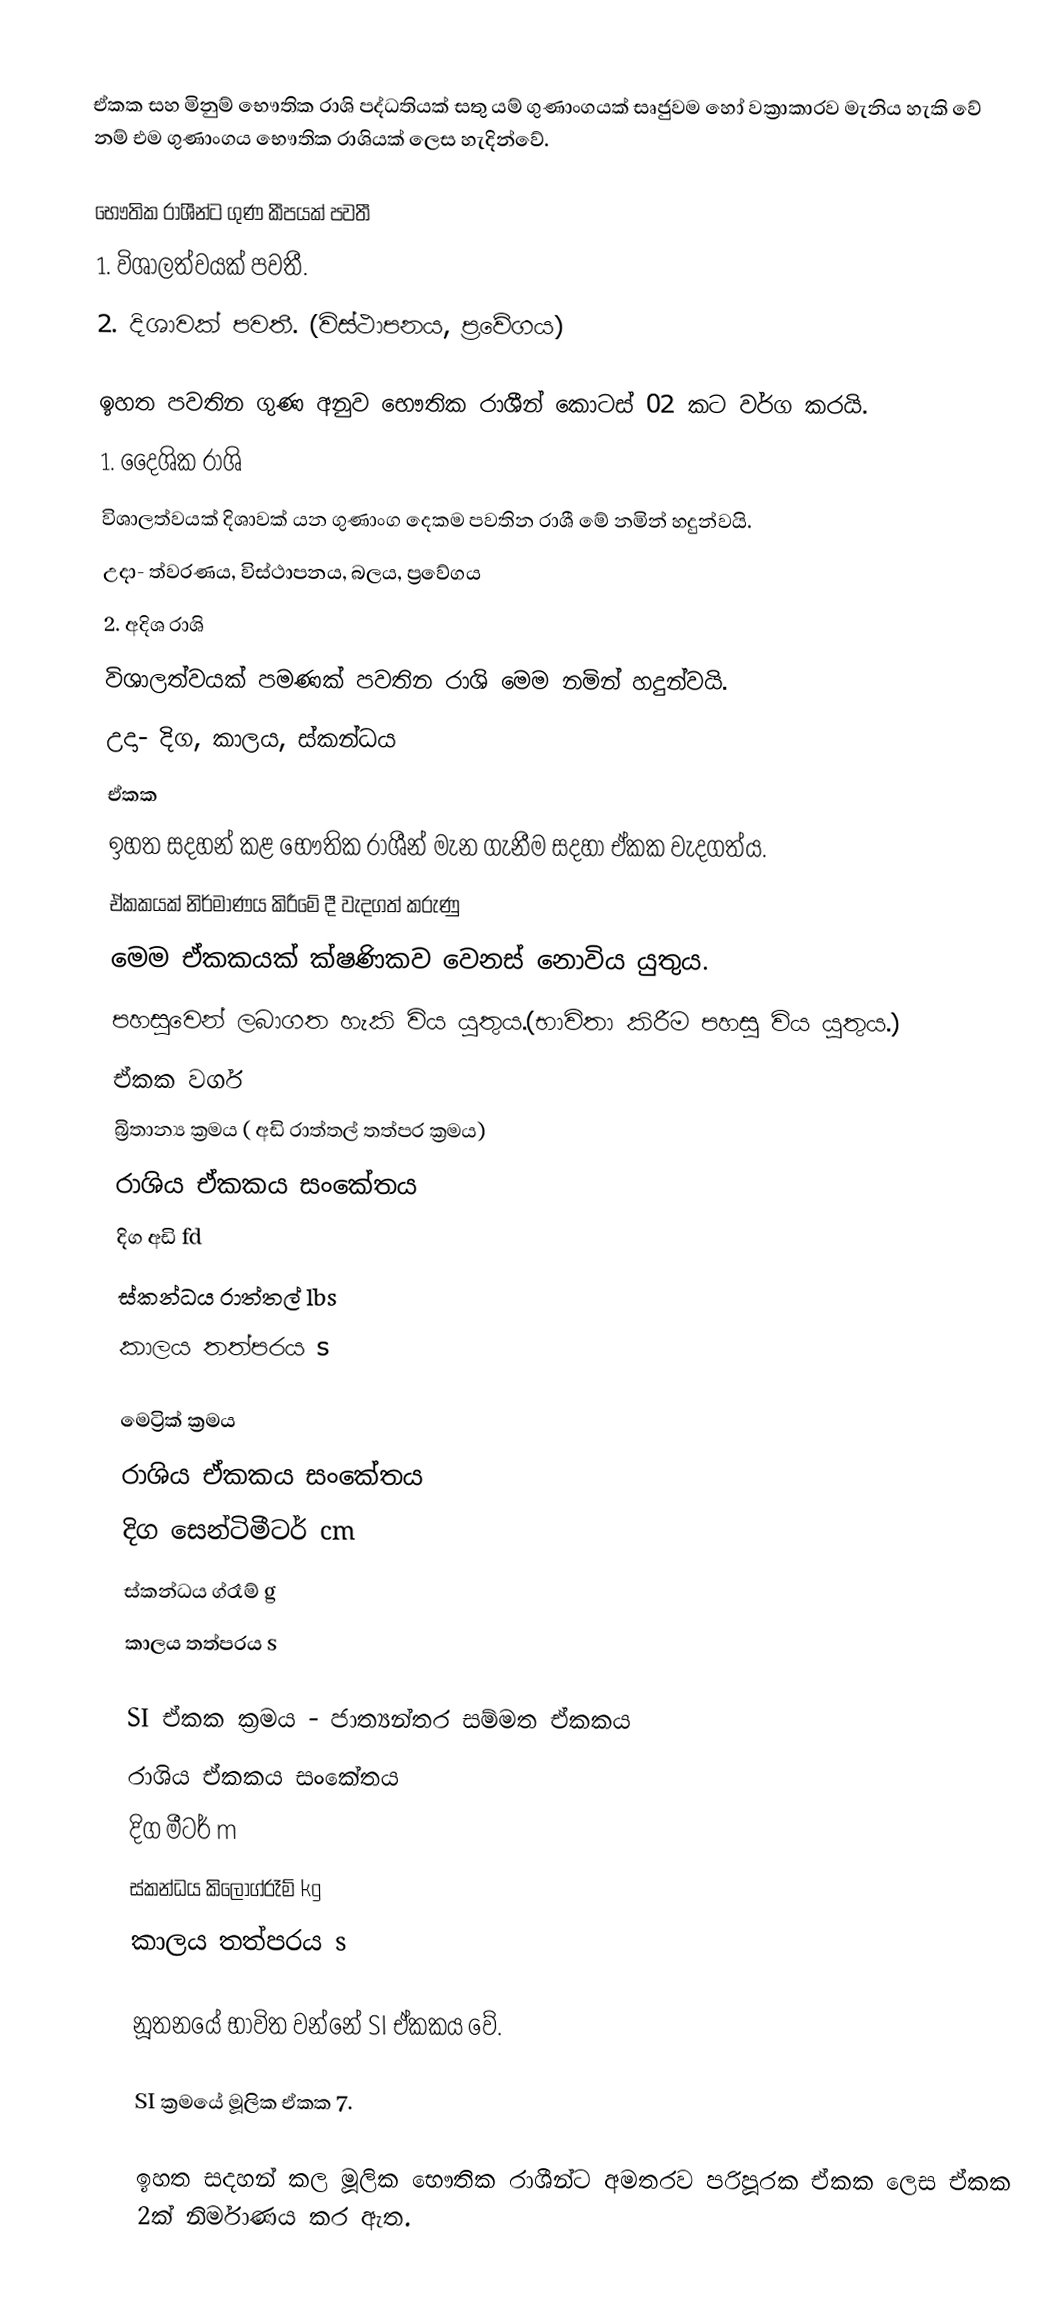

ඒකක සහ මිනුම් භෞතික රාශි පද්ධතියක් සතු යම් ගුණාංගයක් සෘජුවම හෝ වක්‍රාකාරව මැනිය හැකි වේ නම් එම ගුණාංගය භෞතික රාශියක් ලෙස හැදින්වේ.

භෞතික රාශීන්ට ගුණ කීපයක් පවතී
1. විශාලත්වයක් පවතී.
2. දිශාවක් පවතී. (විස්ථාපනය, ප්‍රවේගය)

ඉහත පවතින ගුණ අනුව භෞතික රාශීන් කොටස් 02 කට වර්ග කරයි.
1. දෛශික රාශි
විශාලත්වයක් දිශාවක් යන ගුණාංග දෙකම පවතින රාශී මේ නමින් හදුන්වයි.
උදා- ත්වරණය, විස්ථාපනය, බලය, ප්‍රවේගය
2. අදිශ රාශි
විශාලත්වයක් පමණක් පවතින රාශි මෙම නමින් හදුන්වයි.
උදා- දිග, කාලය, ස්කන්ධය
ඒකක
 ඉහත සදහන් කළ භෞතික රාශීන් මැන ගැනීම සදහා ඒකක වැදගත්ය.
 ඒකකයක් නිර්මාණය කිරීමේ දී වැදගත් කරුණු
 මෙම ඒකකයක් ක්ෂණිකව වෙනස් නොවිය යුතුය.
 පහසුවෙන් ලබාගත හැකි විය යුතුය.(භාවිතා කිරීම පහසු විය යුතුය.)
ඒකක වර්ග
බ්‍රිතාන්‍ය ක්‍රමය ( අඩි රාත්තල් තත්පර ක්‍රමය)
රාශිය            ඒකකය	සංකේතය
දිග	                අඩි            	fd
ස්කන්ධය   	රාත්තල්	       lbs
කාලය	   තත්පරය	          s

මෙට්‍රික් ක්‍රමය
රාශිය	ඒකකය	සංකේතය
දිග	සෙන්ටිමීටර්	cm
ස්කන්ධය	ග්රෑම්	g
කාලය	තත්පරය	s

SI ඒකක ක්‍රමය - ජාත්‍යන්තර සම්මත ඒකකය
රාශිය	ඒකකය	    සංකේතය
දිග	         මීටර්        	m
ස්කන්ධය	කිලෝග්රෑම්	kg
කාලය	තත්පරය    	s

 නූතනයේ භාවිත වන්නේ SI ඒකකය වේ.

SI ක්‍රමයේ මූලික ඒකක 7.

ඉහත සදහන් කල මූලික භෞතික රාශීන්ට අමතරව  පරිපූරක ඒකක ලෙස ඒකක  2ක් නිර්මාණය කර ඇත.